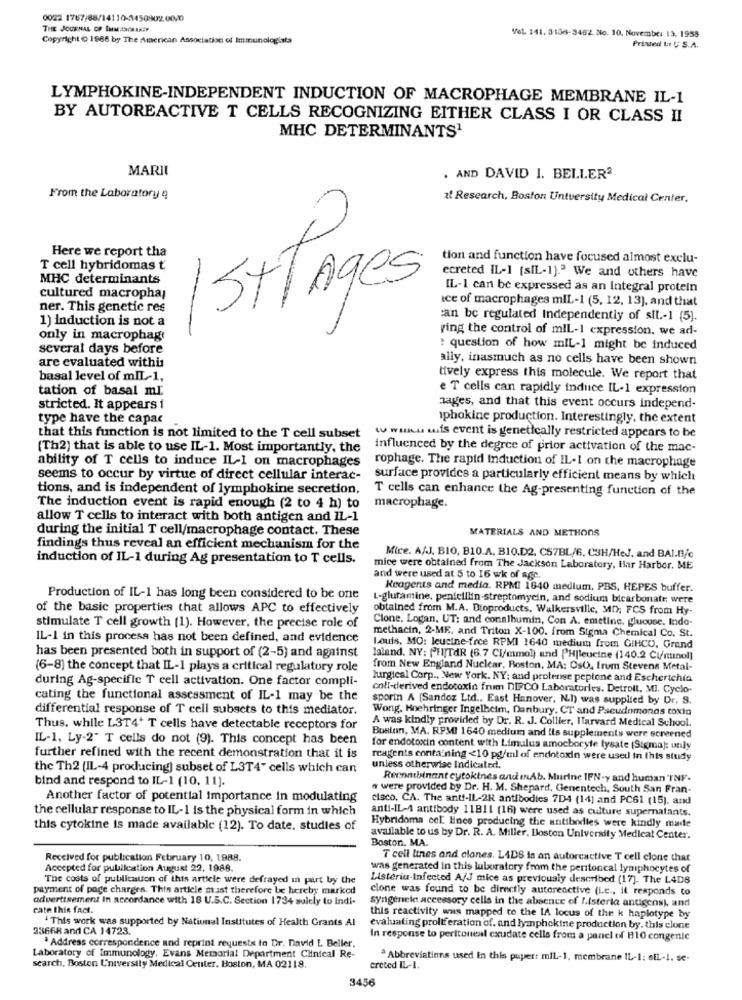
0022 1767/88/14110-145090720020
THE JOURNAL OF WHOM.EN UGY
Copyright ( 1966 by The American Association of Immunologiata
Vel. 141. 3456-3462. 8io. 10, Novembe: 13. 1955
Printed Lor U S.A.
LYMPHOKINE-INDEPENDENT INDUCTION OF MACROPHAGE MEMBRANE IL-1
BY AUTOREACTIVE T CELLS RECOGNIZING EITHER CLASS I OR CLASS II
MHC DETERMINANTS1
MARII
. AND DAVID I. BELLER2
From the Laboratory q
al Research, Boston Untversity Medical Center,
Here we report tha
tion and function have focused almost exclu-
T cell hybridomas ť
ecreted IL-1 (sIL-1)." We and others have
MHC determinants
IL-1 can be expressed as an Integral protein
cultured macropha;
15TTAges
ice of macrophages mIL-1 (5, 12, 13), and that
ner. This genetic res
1) Induction is not a
can be regulated Independently of sit .- 1 (5).
ying the control of mlL-1 expression. we ad-
only in macrophage
several days before
: question of how miL-1 might be induced
are evaluated withis
ally, inasmuch as no cells have been shown
basal level of mIL-1,
tively express this molecule. We report that
tation of basal mr.
e T cells can rapidly induce IL-1 expression
stricted. It appears 1
aages, and that this event occurs independ-
type have the capac
iphokine production. Interestingly, the extent
w wanu wis event is genetically restricted appears to be
that this function is not limited to the T cell subset
(Th2) that is able to use IL-1. Most importantly, the
influenced by the degree of prior activation of the mac-
ability of T cells to induce IL-1 on macrophages
rophage. The rapid Induction of IL-1 on the macrophage
seems to occur by virtue of direct cellular interac-
surface provides a particularly efficient means by which
tions, and is independent of lymphokine secretion.
T cells can enhance the Ag-presenting function of the
The induction event is rapid enough (2 to 4 h) to
macrophage.
allow T cells to interact with both antigen and IL-1
during the initial T cell/macrophage contact. These
MATERIALS AND METHODS
findings thus reveal an efficient mechanism for the
induction of IL-1 during Ag presentation to T cells.
Mice. A/J. BIO, B10.A. B10.D2. C57BL/6, C3H/HeJ. and BAL.B/c
mice were obtained from The Jackson Laboratory, Har Harbor. ME
and were used at 5 to 16 wk of age.
Reagents and media. RPMI 1640 medium, PBS, HEPES buffer.
Production of IL-1 has long been considered to be one
L-glutamine, penicillin-streptomycin, and sodium bicarbonate were
of the basic properties that allows APC to effectively
obtained from M.A. Dioproducts. Walkersville, MD; FCS from Hy-
Clone. Logan, UT: and consthumin, Con A. emetine, gluouse, Indo-
stimulate T cell growth (1). However, the precise role of
methacin, 2-ME, and Triton X-100. from Sigma Chemical Co. St.
IL-1 in this process has not been defined, and evidence
has been presented both in support of (2-5) and against
Louis, MO: leucine-free RPMI 1640 medium from GIHCO. Grand
laland. NY: PHIJTAR (6.7 Cl/mmol) and PH|leucine (140.2 Cl/minol)
(6-8) the concept that IL-1 plays a critical regulatory role
from New England Nuclear, Boston, MA: OsO. frum Stevens Metal-
during Ag-specific T cell activation. One factor compli-
lurgical Corp ., New York, NY: and protense peptone and Escherichia
coli-derived endotoxin frum DICO Laboratories. Detroll. MI. Cyclo-
cating the functional assessment of IL-1 may be the
sporin A [Sandoz Ltd ., East Hanover, N.I) was supplied by Dr. S.
differential response of T cell subsets to this mediator.
Wong. Hoehringer Ingelheim, Danbury. CT and Pseudomonas toxin
A was kindly provided by Dr. R. J. Collier, ITarvard Medical School.
Thus, while L3T4+ T cells have detectable receptors for
IL-1, Ly-2" T cells do not (9). This concept has been
Boston, MA. RPMI 1640 medium and Its supplements were screened
for endotoxin content with Limulus amocboryte lysate (Sigma): only
further refined with the recent demonstration that it is
reagents containing <10 pg/ml of endotoxin were used in this study
the Th2 (IL-4 producing) subset of L3T4" cells which can
unless otherwise Indicated.
bind and respond to IL-1 (10, 11].
Recombinant cytokines and InAb. Murine IFN-y and human INF.
w were provided by Dr. H. M. Shepard, Genentech, South San Fran-
Another factor of potential importance in modulating
cisco. CA. The anti-IL-2R antibodies 7D4 (14) and PC61 (15), and
the cellular response to IL-1 is the physical form in which
anti-IL-4 antibody 11B11 (16) were used as culture supernatants.
Hybridoma cel. lines producing the antibodies were kindly made
this cytokine is made available (12). To date, studies of
available to us by Dr. R. A. Miller, Boston University Medical Center.
Boston. MA.
Received for publication February 10, 1988.
T cell lines and clones. LADS is an autoreactive T cell clone that
Accepted for publication August 22, 1988.
was generated in this laboratory from the peritoncal lymphocytes of
The costs of publication of this article were defrayed in part by the
Listeria-Infected A/J mice as previously described (17). The L4DS
payment of page charges. This article musst therefore be hereby marked
clone was found to be directly autoreactive (i.c ., il responds to
advertisement In accordance with 18 U.S.C. Section 1734 solely to Indi-
Syngenele: accessory cells in the absence of I.isterla antigens), and
cate this fact.
This work was supported by National Institutes of Health Grants Al
this reactivity was mapped to the IA locus of the k haplotype by
23668 and CA 14723.
evaluating proliferation of. and lymphokine production by. this clone
' Address correspondence and reprint requests to Dr. David L Beller.
In response to peritoneal exudate cells from a panel of H10 congenic
Laboratory of Immunology, Evans Memorial Department Clinical Re-
ª Abbreviations used in this paper: mil-1, membrane IL-1: siL.1. se-
search, Boston University Medical Center. Boston, MA 02118.
ereted IL-I.
3456